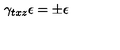
\gamma _ { t x z } \epsilon = \pm \epsilon